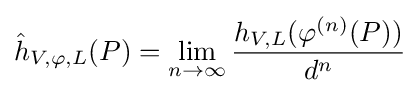
{\hat {h}}_{V,\varphi ,L}(P)=\lim _{n\to \infty }{\frac {h_{V,L}(\varphi ^{(n)}(P))}{d^{n}}}